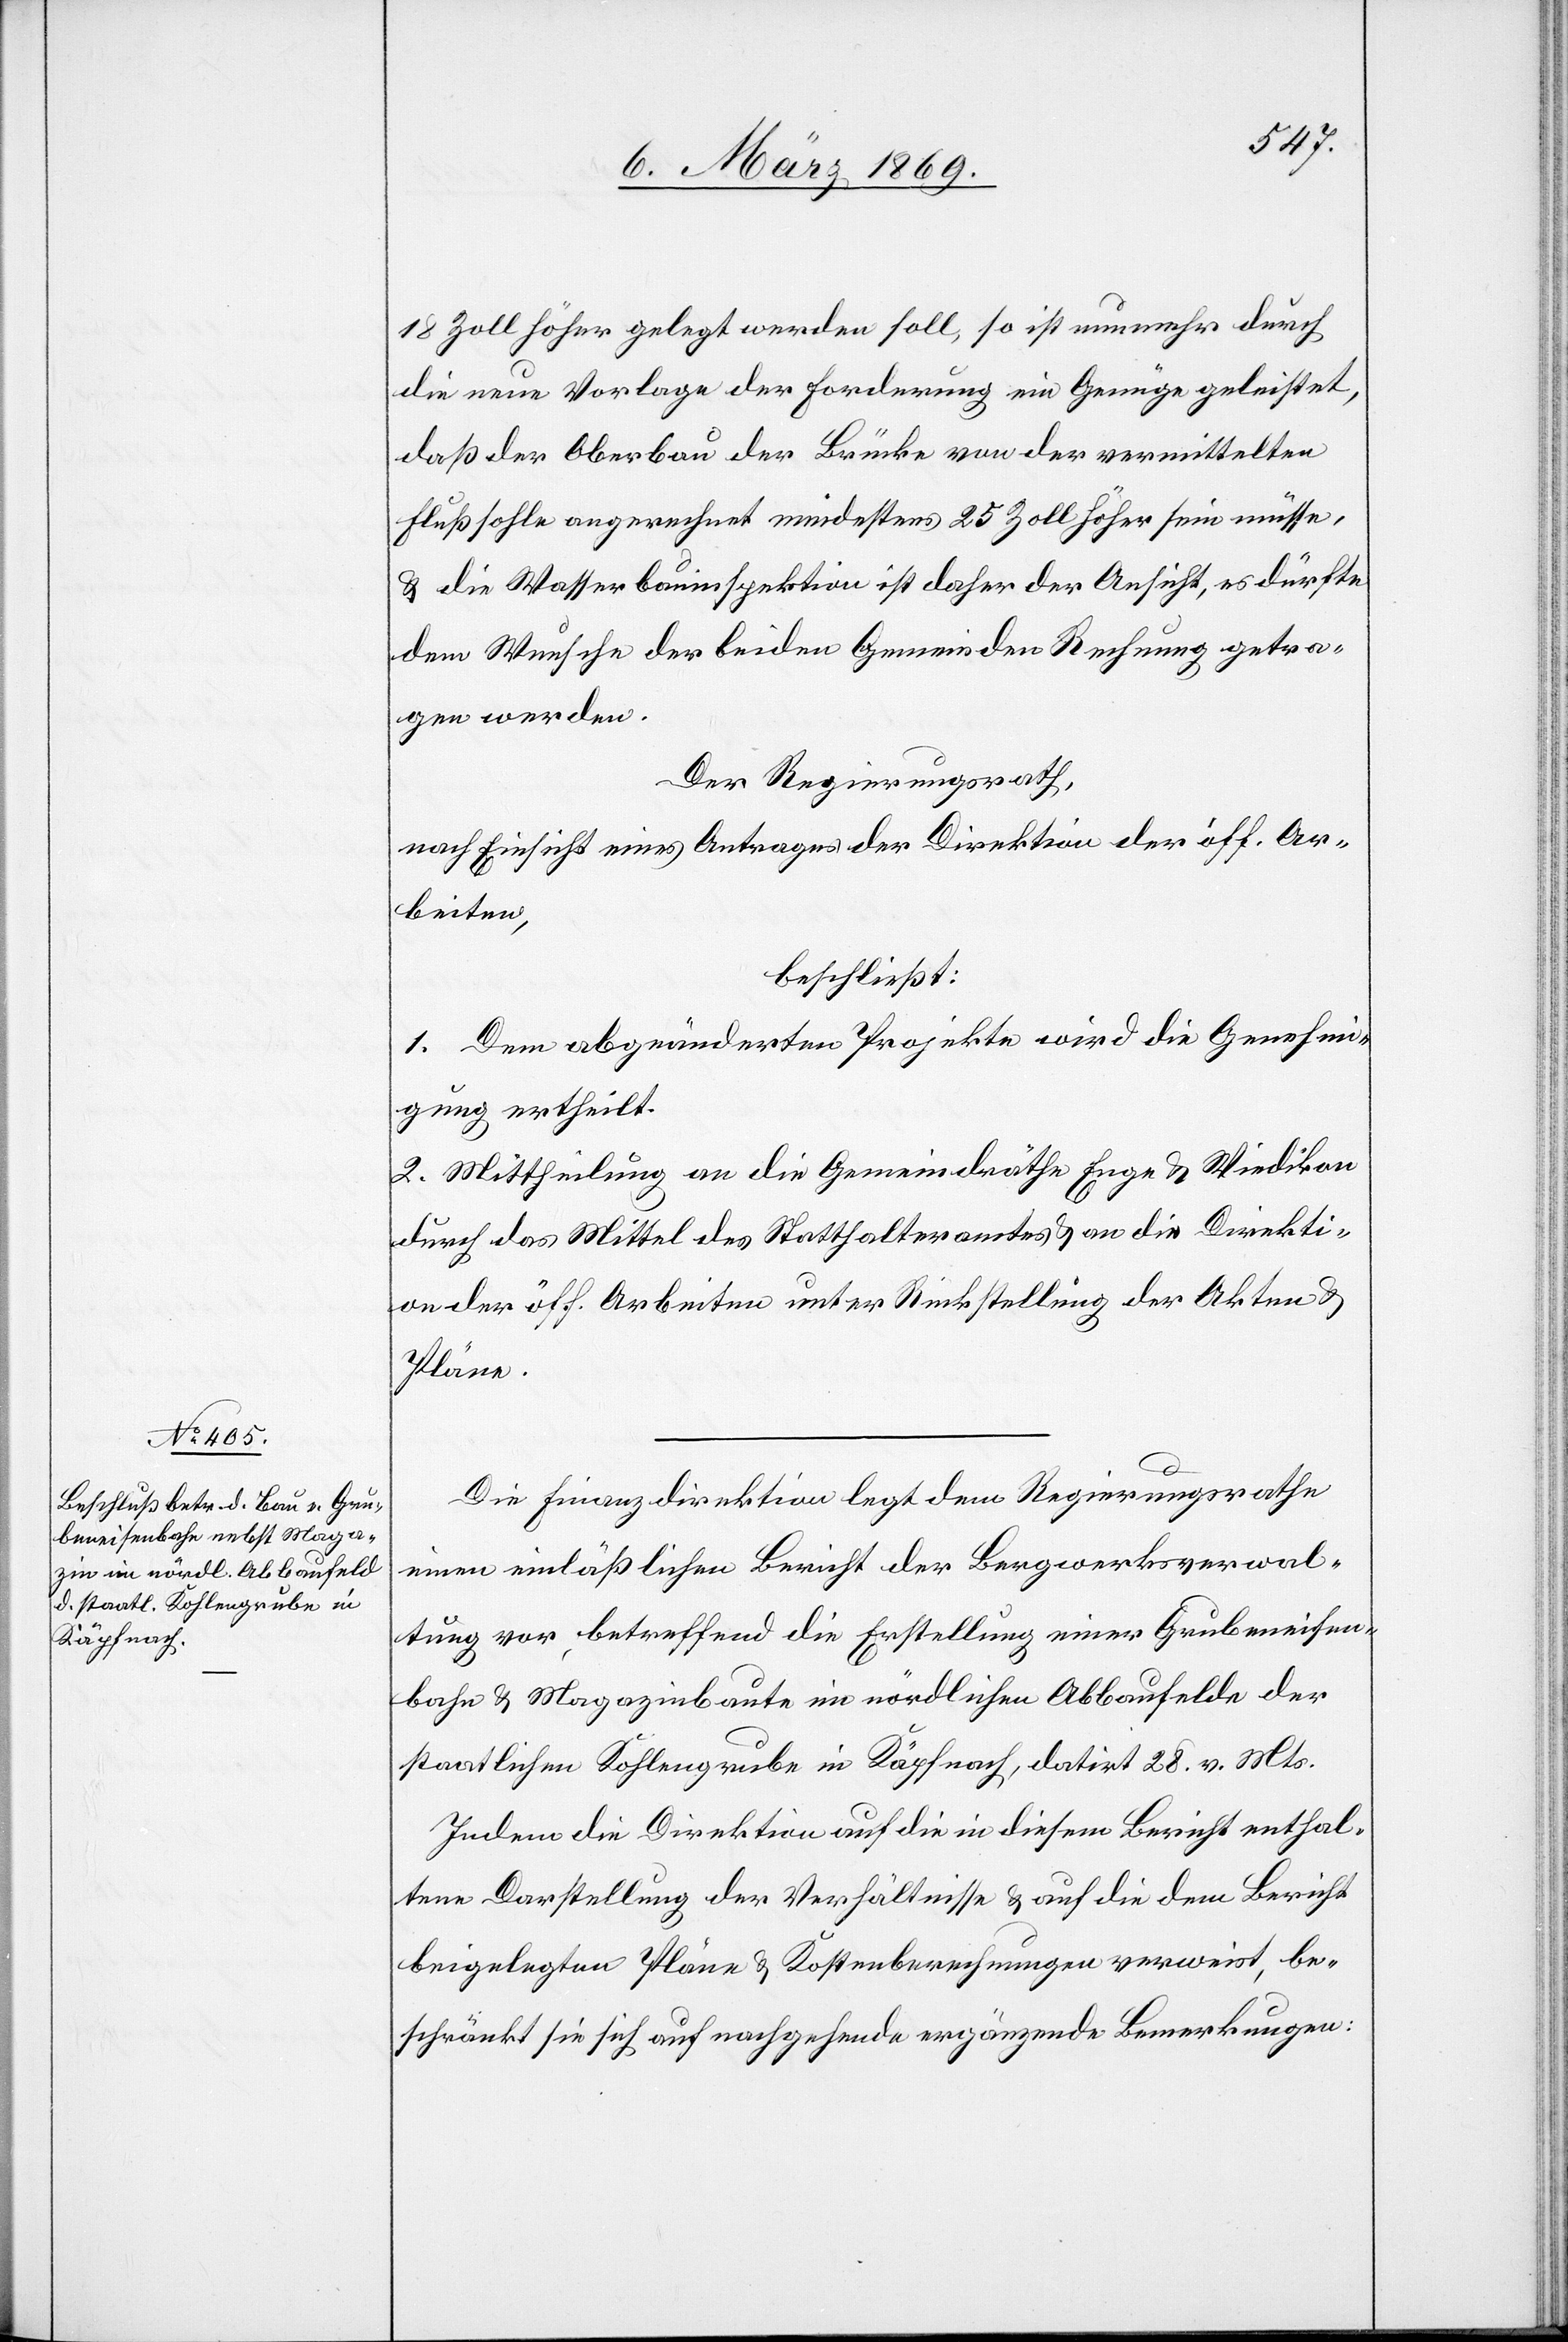
18 Zoll höher gelegt werden soll, so ist nunmehr durch
die neue Vorlage der Forderung ein Genüge geleistet,
daß der Oberbau der Brücke von der vermittelten
Flußsohle angerechnet mindestens 25 Zoll höher sein müsse,
& die Wasserbauinspektion ist daher der Ansicht, es dürfte
dem Wunsche der beiden Gemeinden Rechnung getra¬
gen werden.
Der Regierungsrath,
nach Einsicht eines Antrages der Direktion der öff. Ar¬
beiten,
beschließt:
1. Dem abgeänderten Projekte wird die Genehmi¬
gung ertheilt.
2. Mittheilung an die Gemeindräthe Enge u. Wiedikon
durch das Mittel des Statthalteramtes & an die Direkti¬
on der öff. Arbeiten unter Rückstellung der Akten &
Pläne.
Die Finanzdirektion legt dem Regierungsrathe
einen einläßlichen Bericht der Bergwerksverwal¬
tung vor, betreffend die Erstellung einer Grubeneisen¬
bahn & Magazinbaute im nördlichen Abbaufelde der
staatlichen Kohlengrube in Käpfnach, datirt 28. v. Mts.
Indem die Direktion auf die in diesem Bericht enthal¬
tene Darstellung der Verhältnisse & auf die dem Bericht
beigelegten Pläne & Kostenberechnungen verweist, be¬
schränkt sie sich auf nachgehende ergänzende Bemerkungen: